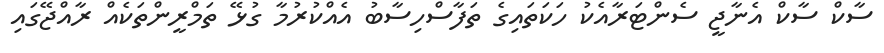
ސާކް ސާކް އެނާޖީ ސެންޓަރާއެކު ހަކަތައިގެ ތަފާސްހިސާބު އެއްކުރުމާ ގުޅޭ ތަމްރީންތަކެއް ރާއްޖޭގައި